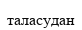
таласудан